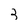
Character: 3